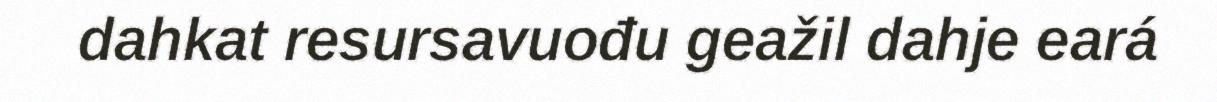
dahkat resursavuođu geažil dahje eará